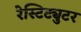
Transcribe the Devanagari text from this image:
रेस्टिट्युटर